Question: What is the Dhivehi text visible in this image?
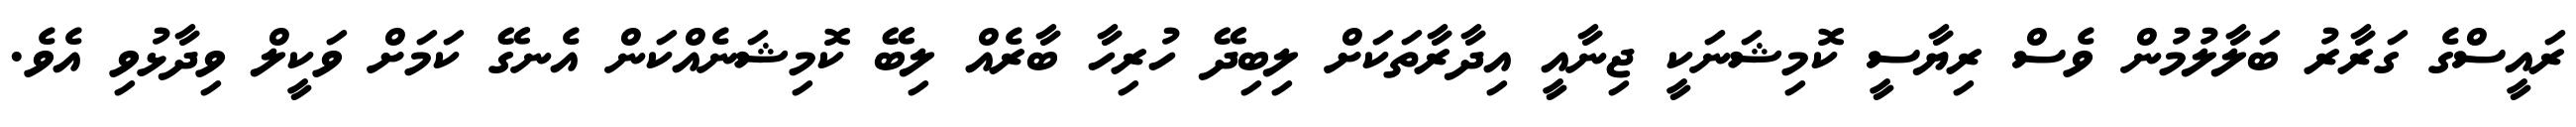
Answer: ރައީސްގެ ގަރާރު ބަލާލުމުން ވެސް ރިޔާސީ ކޮމިޝަނަކީ ޖިނާއީ އިދާރާތަކަށް ލިބިދޭ ހުރިހާ ބާރެއް ލިބޭ ކޮމިޝަނެއްކަން އެނގޭ ކަމަށް ވަކީލް ވިދާޅުވި އެވެ.